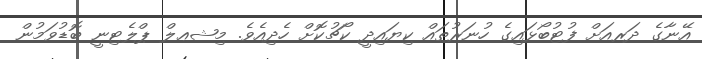
އޭނާގެ ދަރއަށް ފުޓުބޯޅައިގެ ހުނަރުތައް ކިޔައިދީ ކޯޗުކޮށް ހެދިއެވެ. މިޝޢލް ޕްލެޓިނީ ބޮޑުވަމުން